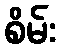
စိမ်း